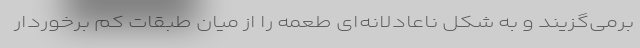
برمی‌گزیند و به شکل ناعادلانه‌ای طعمه را از میان طبقات کم برخوردار